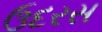
ઉદરસ